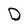
Character: D